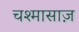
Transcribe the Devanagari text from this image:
चश्मासाज़